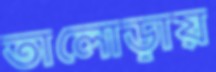
তালোড়ায়